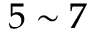
5 \sim 7